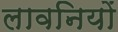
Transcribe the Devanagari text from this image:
लावनियों